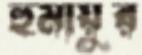
হুমায়ুর